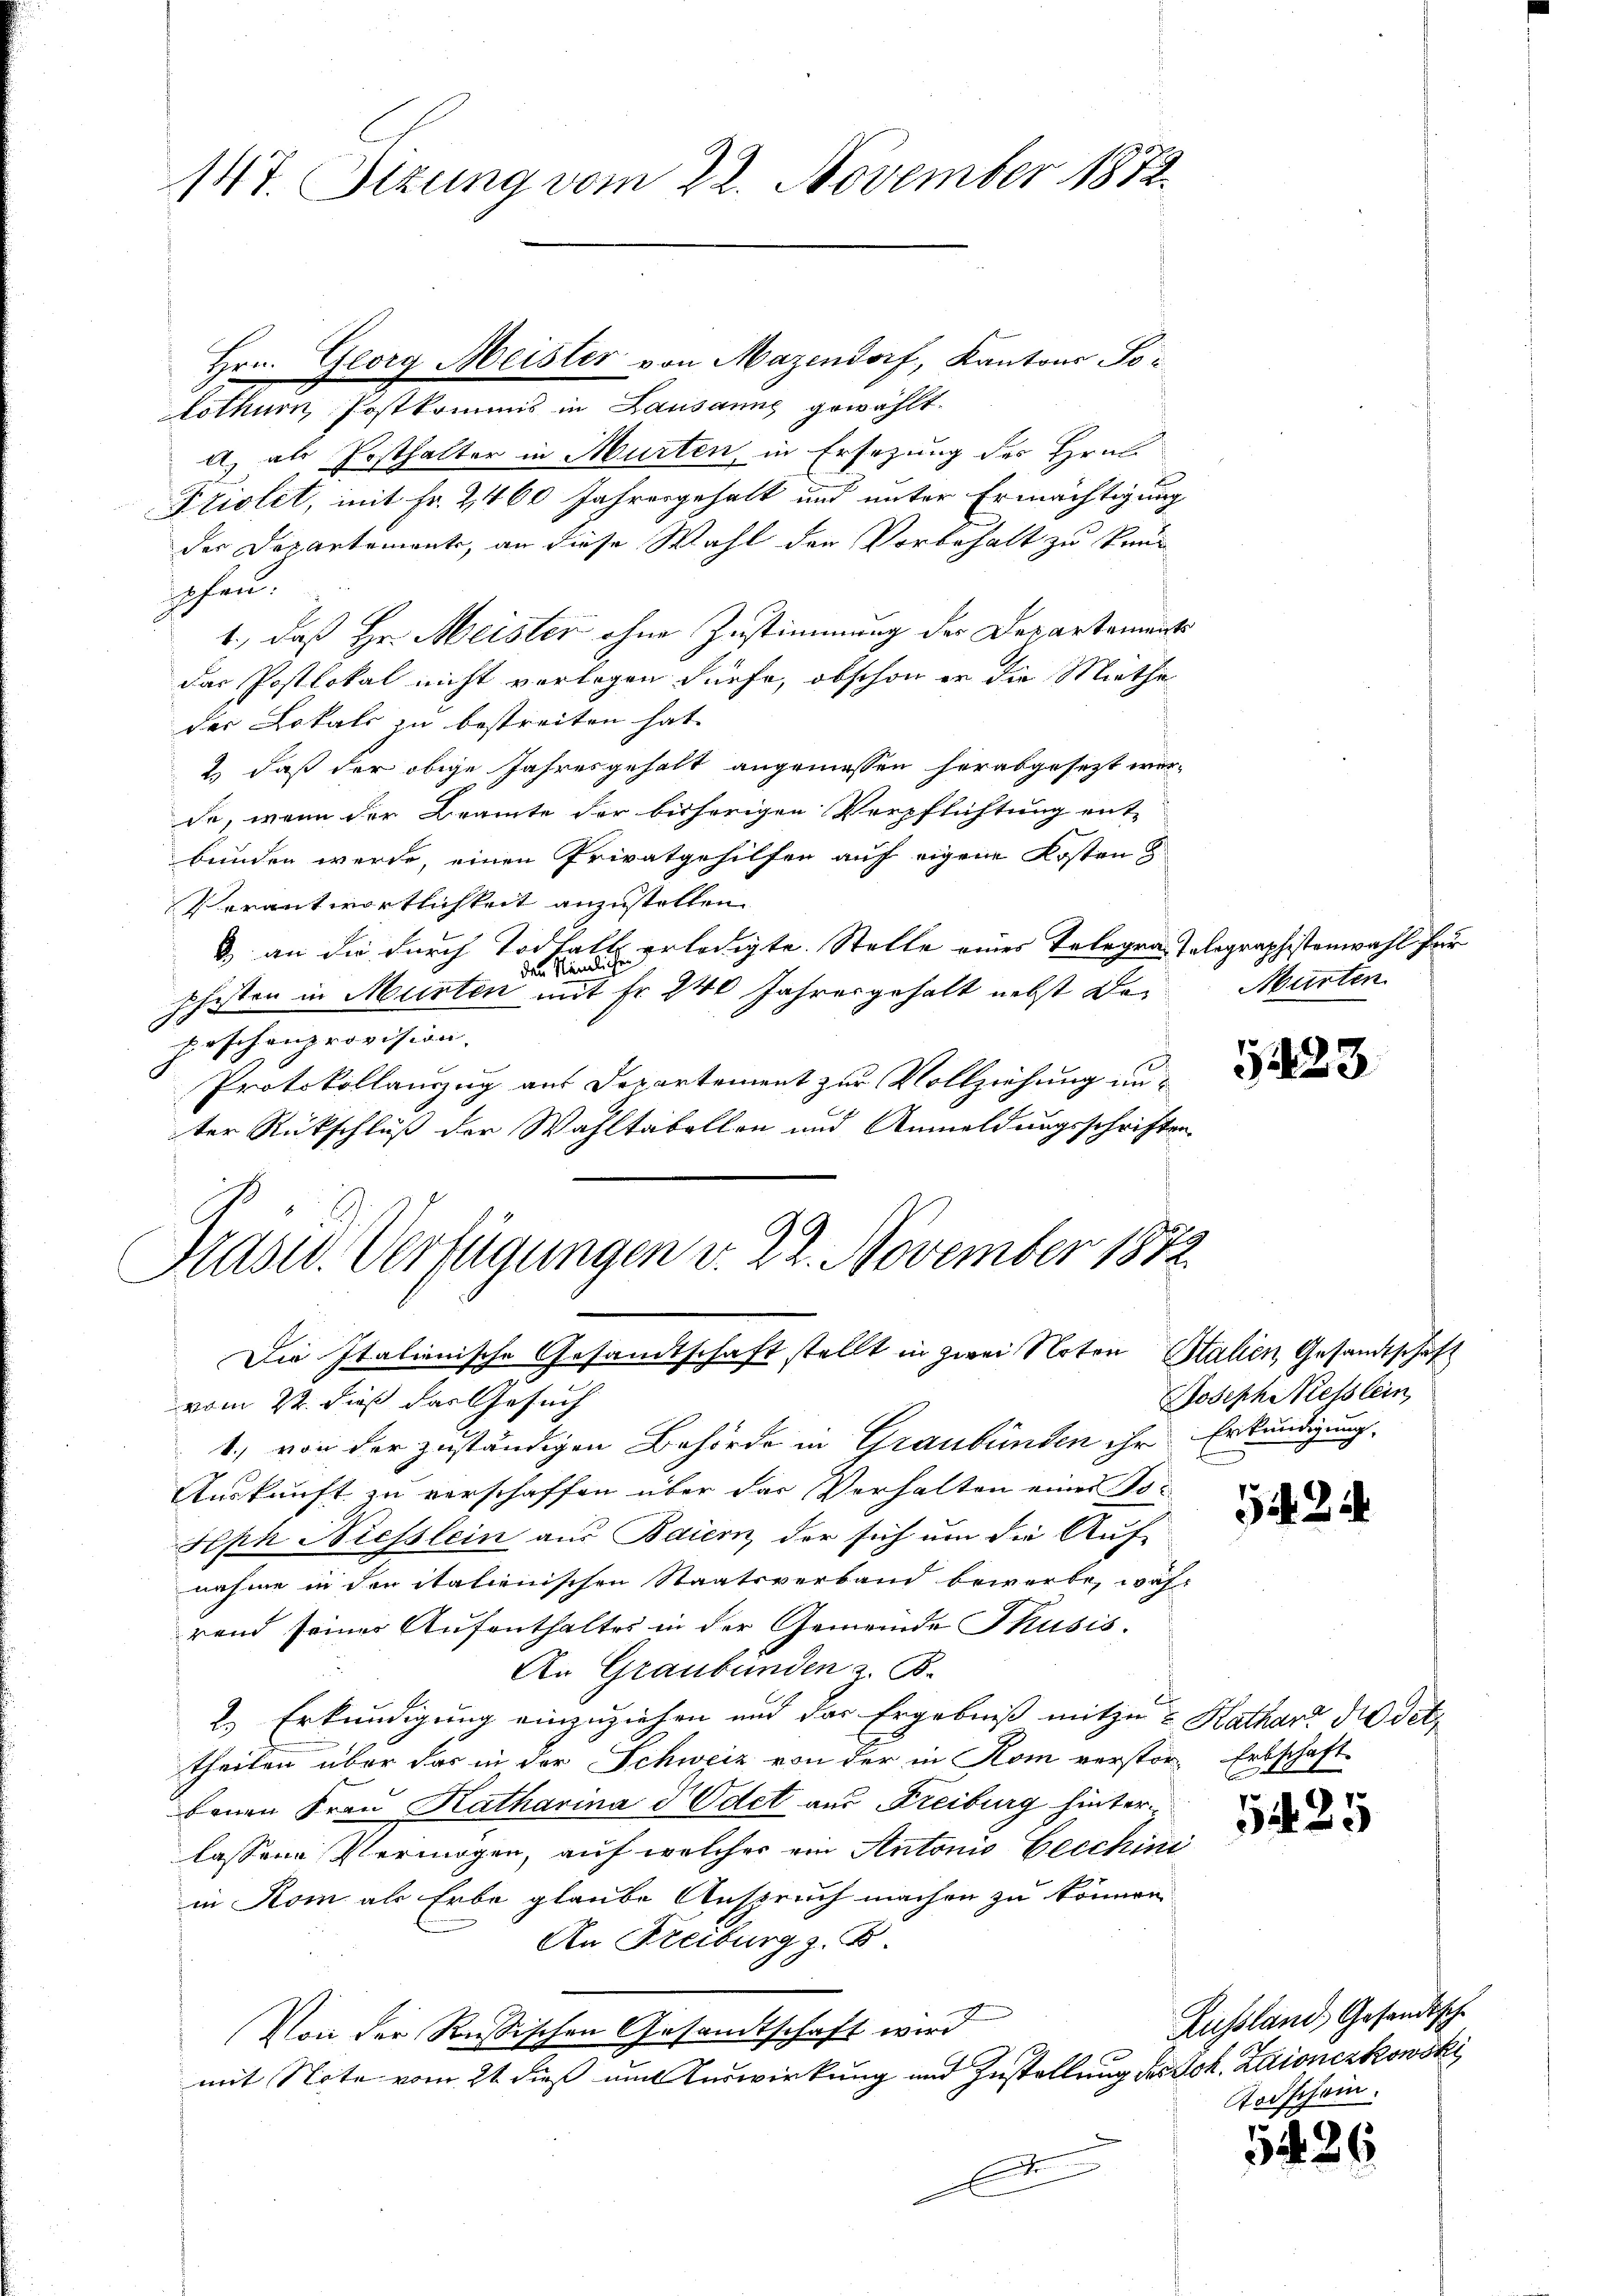
147. Sizung vom 22. November 1872.

Hrn. Georg Meister von Mazendorf, Kantons Solothurn, Postkommis in Lausanne gewählt.
A) als Posthalter in Murten, in Ersezung des Hrn.
Priolet, mit Fr. 2460 Jahresgehalt und unter Ermächtigung
der Departements, an diese Wahl den Vorbehalt zu keihehen.
1., daß Hr. Meister ohne Zustimmung der Departements
das Postlokal nicht vorlegen dürfe, obschon er die Miethe
der Lokals zu bestreiten hat.
2) daß der obige Jahresgehalt angemessen herabgesetzt werde, wenn der Beamte der bisherigen Verpflichtung ent-
bunden werde, einen Privatgehilfen auf eigene Kosten
Verantwortlichkeit anzustellen.
3) an die durch Todfalls erledigte. Stelle eines Telegra-Telegraphistenwahl für
den Nämlichen
schisten in Murten mit Fr. 240 Jahresgehalt nebst Dei
peschenprovision
Protokollauszug aus Departement zur Vollziehung unter Rückschluß der Wahltabellen und Anmeldungsschriften
Präsid. Verfügungen v. 22. November 1872

Die Italienische Gesandtschaft stellt in zwei Noten Stalien Gesandtschaft

vom 22. dieß das Gesuch
1., von der zuständigen Behörde in Graubünden ihr Erkundigung,
Auskunft zu verschaffen über der Verhalten eines To¬
Seph Niesslein aus Baiern, der sich um die Auf-
nahme in den italienischen Staatsverband bewerbe, währ
rend seiner Aufenthaltes in der Gemeinde Thusis.
An Graubünden z. B.
2.) Erkundigung einzuziehen und das Ergebniß mitzu ? Kathard die det
theilen aber das in der Schweiz von der in Rom verstor. Er
benen Frau Katharina d Odet aus Freiburg hinterlassene Vermögen, auf welcher ein Antonio Eecchini
in Rom als Erbe glaube Anspruch machen zu können
An Freiburg z. B
Von der Russischen Gesandtschaft wird
mit Note vom 21 dieß um Auswirkung und Zustellung des Joh. Zaionczkowski
D

Murten

5223

Joseph Niesslein

522

Erbschaft

5425

Zussland, Gesandtsche
Todschein

52

126